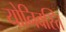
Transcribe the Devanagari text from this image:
योनिवस्ति